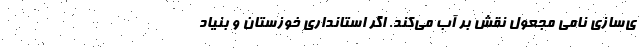
ی‌سازی نامی مجعول نقش بر آب می‌کند. اگر استانداری خوزستان و بنیاد